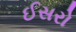
ઈસરો